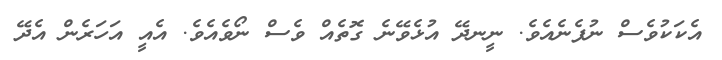
އެކަކުވެސް ނުފެނެއެވެ. ނީނދޭ އުޅެވޭނެ ގޮތެއް ވެސް ނޯވެއެވެ. އެއީ އަހަރެން އެދޭ